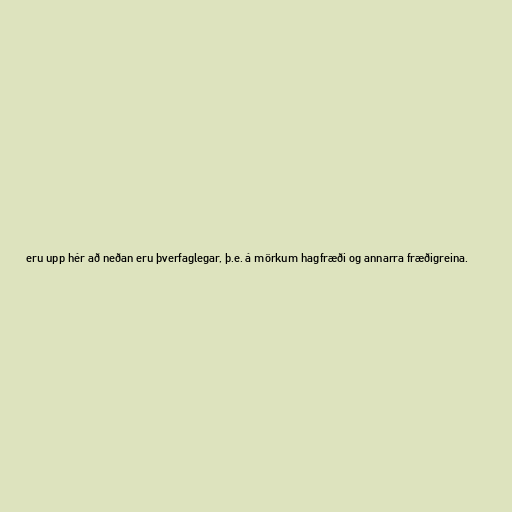
eru upp hér að neðan eru þverfaglegar, þ.e. á mörkum hagfræði og annarra fræðigreina.